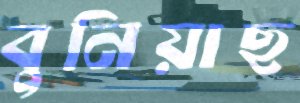
বুনিয়াছ